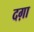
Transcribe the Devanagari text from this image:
दग़ा